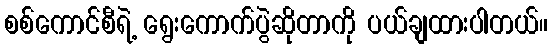
စစ်ကောင်စီရဲ့ ရွေးကောက်ပွဲဆိုတာကို ပယ်ချထားပါတယ်။